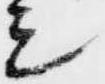
シ